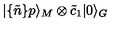
| \{ \tilde { n } \} p \rangle _ { M } \otimes \tilde { c } _ { 1 } | 0 \rangle _ { G }